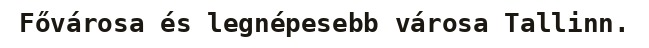
Fővárosa és legnépesebb városa Tallinn.